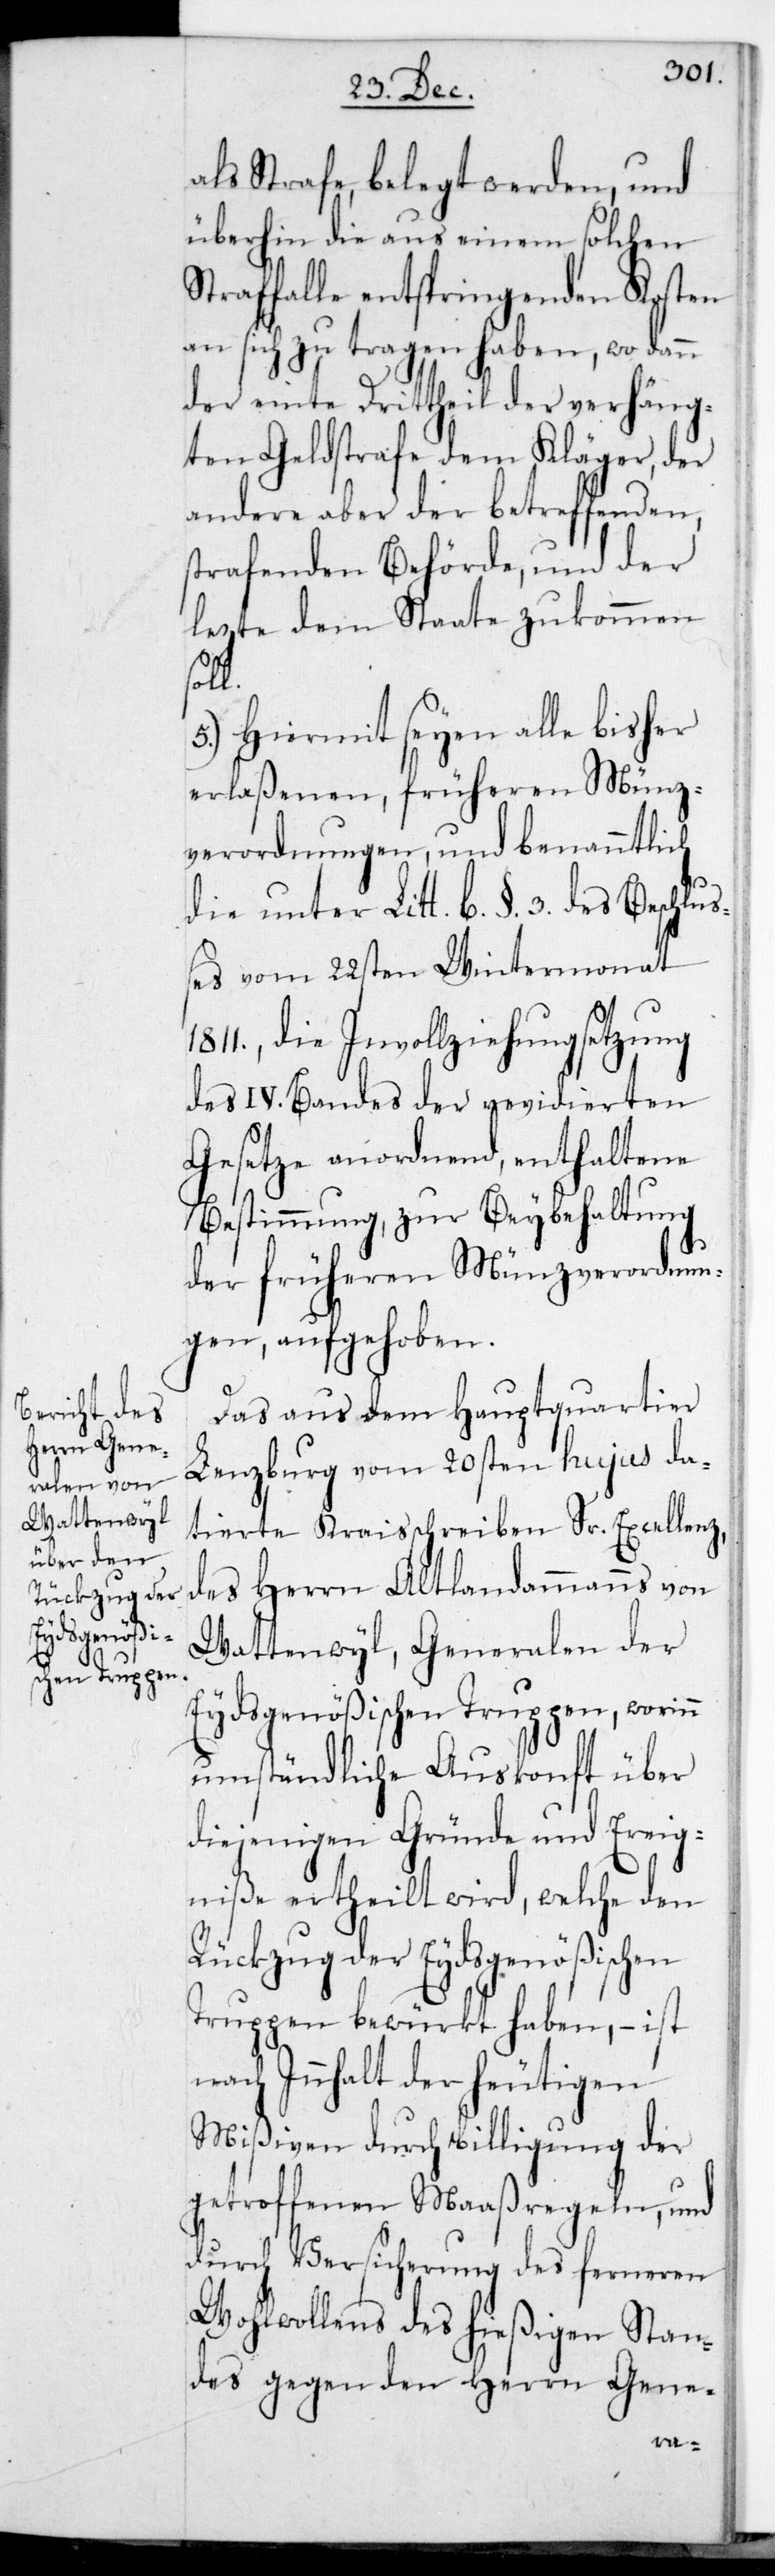
als Strafe belegt werden, und
überhin die aus einem solchen
Straffalle entspringenden Kosten
an sich zu tragen haben, wo dann
der einte Drittheil der verhäng¬
ten Geldstrafe dem Kläger, der
andere aber der betreffenden
strafenden Behörde, und der
lezte dem Staate zukommen
l.
5.) Hiermit seien alle bisher
erlaßenen früheren Münz¬
verordnungen, und benanntlich
die unter Litt. b. §. 3. des Beschluß¬
es vom 22sten Wintermonat
die Invollziehungsetzung
des IVten Bandes der revidierten
Gesetze anordnend, enthaltene
Bestimmung, zur Beybehaltung
der früheren Münzverordnun¬
gen aufgehoben.
Das aus dem Hauptquartier
Lenzburg vom 20sten hujus da¬
tierte Kreisschreiben Sr. Excellenz
des Herrn Altlandammanns von
Wattenwyl, Generalen der
Eydsgenößischen Truppen, worinn
umständliche Auskonft über
diejenigen Gründe und Ereig¬
niße ertheilt wird, welche den
Rückzug der Eydsgenößischen
Truppen bewürkt haben, – ist
nach Innhalt der heutigen
Mißiven durch Billigung der
getroffenen Maaßregeln, und
durch Versicherung des ferneren
Wohlwollens des hießigen Stan¬
des gegen den Herrn Gene-